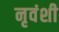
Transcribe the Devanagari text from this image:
नृवंशी